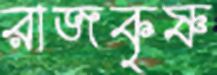
রাজকৃষ্ণ